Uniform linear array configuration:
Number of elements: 64
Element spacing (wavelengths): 1
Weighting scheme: kaiser
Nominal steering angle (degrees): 45
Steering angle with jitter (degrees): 44.501
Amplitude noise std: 0.05
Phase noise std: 0.05

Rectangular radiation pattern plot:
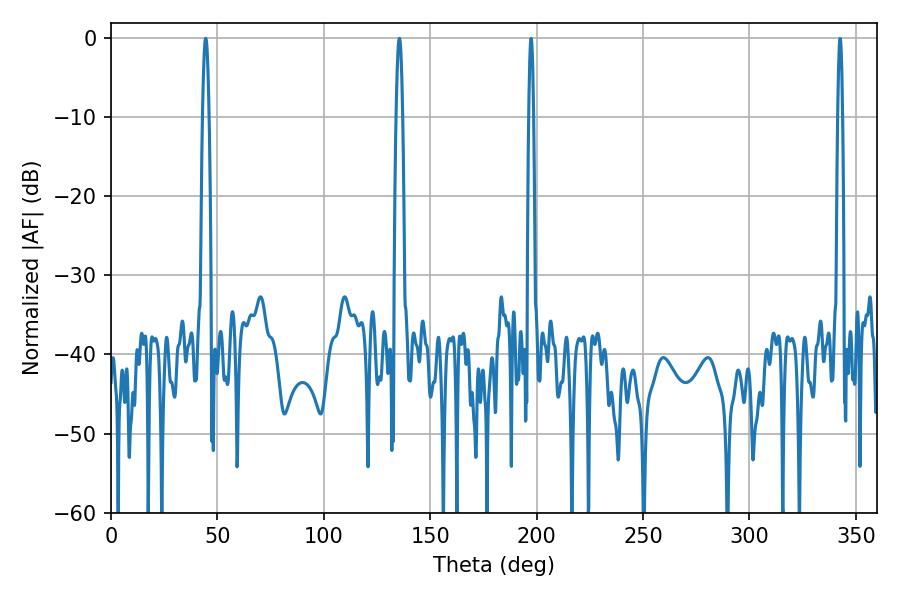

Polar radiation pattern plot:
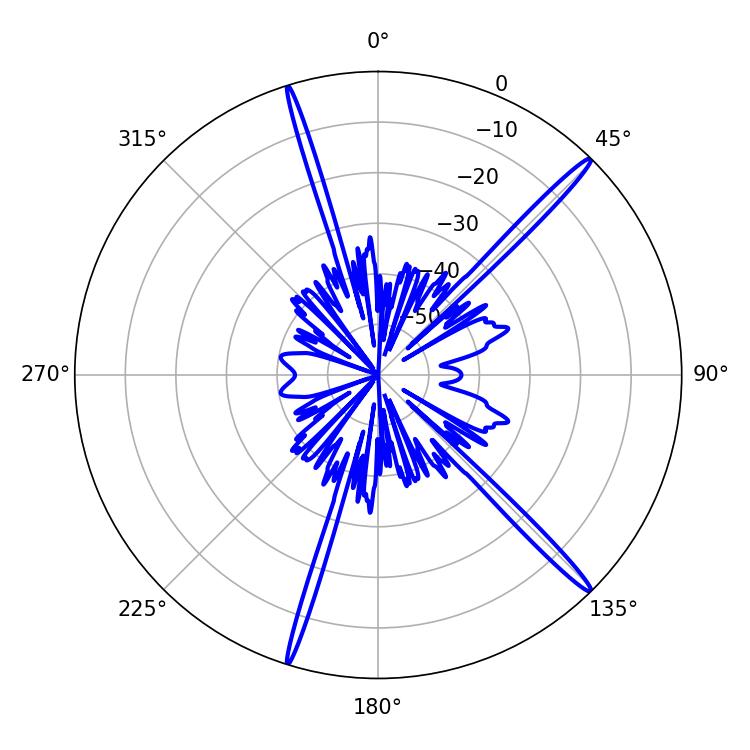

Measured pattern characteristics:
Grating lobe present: TRUE
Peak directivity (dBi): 18.037
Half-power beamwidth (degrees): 1.62
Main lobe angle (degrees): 44.46